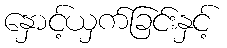
နှောင့်ယှက်ခြင်းနှင့်